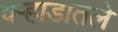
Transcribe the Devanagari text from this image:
वऱ्हाडातले